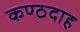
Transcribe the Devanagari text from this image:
कण्ठदाह